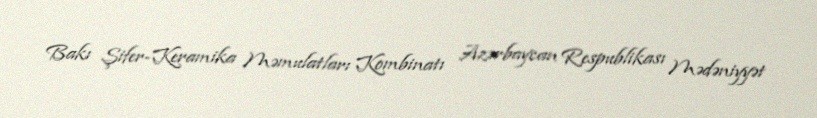
Bakı Şifer-Keramika Məmulatları Kombinatı Azərbaycan Respublikası Mədəniyyət